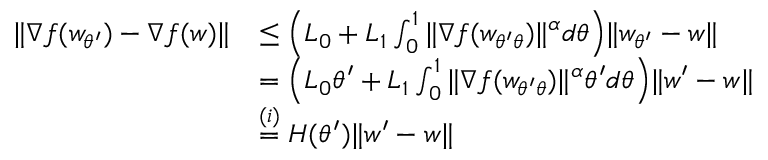
\begin{array} { r l } { \| \nabla f ( w _ { \theta ^ { \prime } } ) - \nabla f ( w ) \| } & { \le \Big ( L _ { 0 } + L _ { 1 } \int _ { 0 } ^ { 1 } \| \nabla f ( w _ { \theta ^ { \prime } \theta } ) \| ^ { \alpha } d \theta \Big ) \| w _ { \theta ^ { \prime } } - w \| } \\ & { = \Big ( L _ { 0 } \theta ^ { \prime } + L _ { 1 } \int _ { 0 } ^ { 1 } \| \nabla f ( w _ { \theta ^ { \prime } \theta } ) \| ^ { \alpha } \theta ^ { \prime } d \theta \Big ) \| w ^ { \prime } - w \| } \\ & { \overset { ( i ) } { = } H ( \theta ^ { \prime } ) \| w ^ { \prime } - w \| } \end{array}